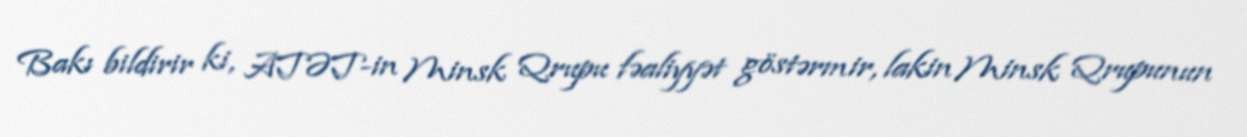
Bakı bildirir ki, ATƏT-in Minsk Qrupu fəaliyyət göstərmir, lakin Minsk Qrupunun